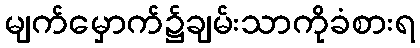
မျက်မှောက်၌ချမ်းသာကိုခံစားရ